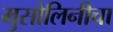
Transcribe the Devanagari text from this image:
मुसोलिनीचा